Lunatic asylums Central Provinces reports 1895-1909 - 1895-1909
Year: 1895
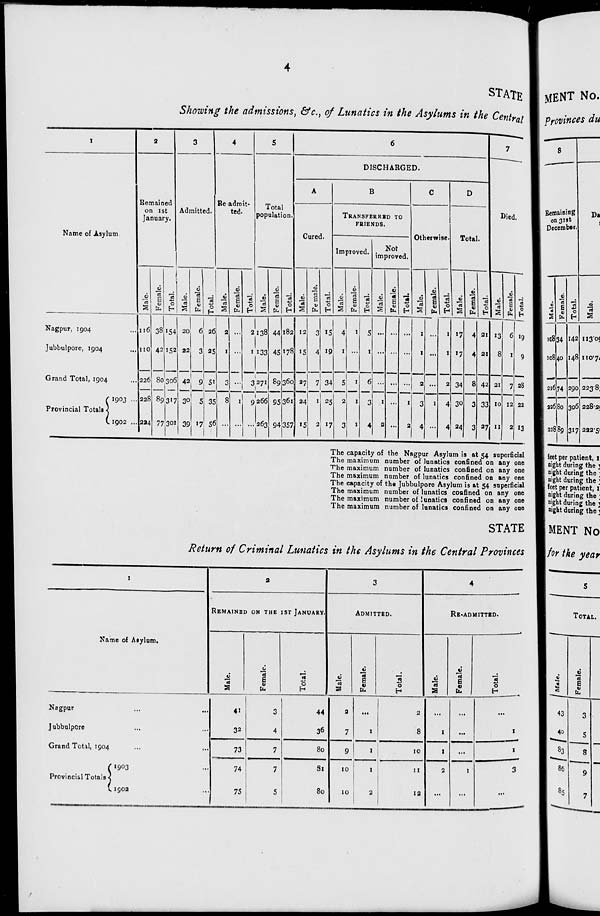
4
STATE
Showing the admissions, &c., of Lunatics in the Asylums in the Central
1
Name of Asylum
Nagpur, 1904 ...
Jubbulpore, 1904 ...
Grand Total, 1904 ...
Provincial Totals
1903 ...
1902 ...
2
Remained
on 1st
January.
Male.
116
110
226
228
224
Female.
38
42
80
89
77
Total.
154
152
306
317
301
3
Admitted.
Male.
20
22
42
30
39
Female.
6
3
9
5
17
Total.
26
25
51
35
56
4
Re-admit¬
ted.
Male.
2
1
3
8
...
Female.
...
...
...
1
...
Total.
2
l
3
9
...
5
Total
population.
Male.
138
133
271
266
263
Female.
44
45
89
95
94
Total.
182
178
360
361
357
6
DISCHARGED.
A
Cured.
Male.
12
15
27
24
15
Female.
3
4
7
1
2
Total.
15
19
34
25
17
B
TRANSFERRED TO
FRIENDS.
Improved.
Male.
4
1
5
2
3
Female.
1
...
1
1
1
Total.
5
1
6
3
4
Not
improved.
Male.
...
...
...
1
2
Female.
...
...
...
...
...
Total.
...
...
...
1
2
C
Otherwise.
Male.
1
1
2
3
4
Female.
...
...
...
1
...
Total.
1
1
2
4
4
D
Total.
Male.
17
17
34
30
24
Female.
4
4
8
3
3
Total.
21
21
42
33
27
7
Died.
Male.
13
8
21
10
11
Female.
6
1
7
12
2
Total.
19
9
28
22
13
The capacity of the Nagpur Asylum is at 54 superficial
The maximum number of lunatics confined on any one
The maximum number of lunatics confined on any one
The maximum number of lunatics confined on any one
The capacity of the Jubbulpore Asylum is at 54 superficial
The maximum number of lunatics confined on any one
The maximum number of lunatics confined on any one
The maximum number of lunatics confined on any one
STATE
Return of Criminal Lunatics in the Asylums in the Central Provinces
1
Name of Asylum.
Nagpur ... ...
Jubbulpore ... ...
Grand Total, 1904 ... ...
Provincial Totals
1903 ...
1902 ...
2
REMAINED ON THE 1ST JANUARY.
Male.
41
32
73
74
75
Female.
3
4
7
7
5
Total.
44
36
80
81
80
3
ADMITTED.
Male.
2
7
9
10
10
Female.
...
1
1
1
2
Total.
2
8
10
11
12
4
RE-ADMITTED.
Male.
...
1
I
2
...
Female.
...
...
...
1
...
Total.
...
1
1
3
...